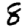
Digit: 8